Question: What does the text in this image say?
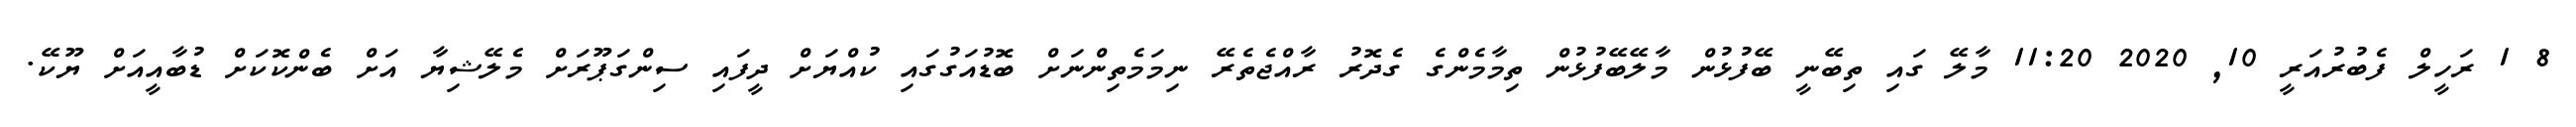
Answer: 8 1 ރަހީލް ފެބުރުއަރީ 10, 2020 11:20 މާލޭ ގައި ތިބޭނީ ބޭފުޅުން މާލޭބޭފުޅުން ތިމާމެންގެ ގެދޮރު ރާއްޖެތެރޭ ނިމަމެތިންނަށް ބޮޑުއަގުގައި ކުއްޔަށް ދީފައި ސިންގަޕޫރަށް މެލޭޝިޔާ އަށް ބެންކޮކަށް ޑުބާއީއަށް ޔޫކޭ.